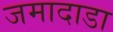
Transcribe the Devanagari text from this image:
जमादाडा